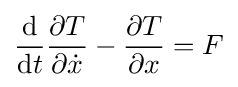
{\frac {\mathrm {d} }{\mathrm {d} t}}{\partial {T} \over \partial {\dot {x}}}-{\partial {T} \over \partial x}=F